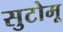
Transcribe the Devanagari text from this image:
सुटोमू